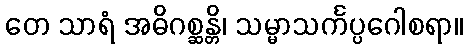
တေ သာရံ အဓိဂစ္ဆန္တိ၊ သမ္မာသင်္ကပ္ပဂေါစရာ။